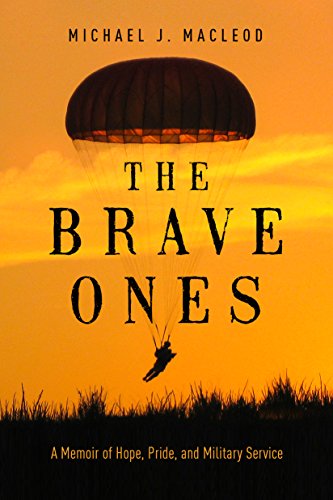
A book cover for The Brave Ones: A Memoir of Hope, Pride and Military Service; Michael J. MacLeod; History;